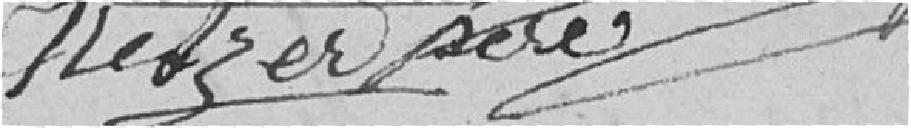
Netzer père